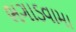
ભગાડવામા